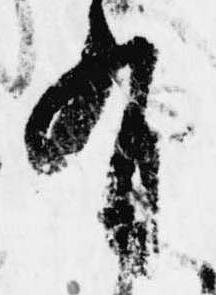
有